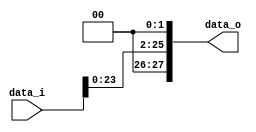
module Shift_Jump
(
    data_i,
    data_o
);

// Ports
input   [25:0]      data_i;
output  [27:0]      data_o;

assign data_o = {data_i<<2};


endmodule